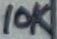
Text: 10K